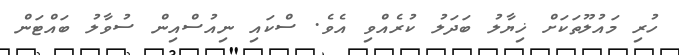
ހުރި މައުލޫތަކަށް ޚިޔާލު ބަދަލު ކުރެއްވި އެވެ. ސްކައި ނިއުސްއިން ސުވާލު ބައްޓަން